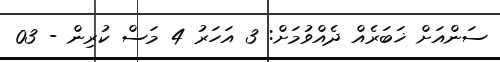
ސަންއަށް ޚަބަރެއް ދެއްވުމަށް: 3 އަހަރު 4 މަސް ކުރިން - 03